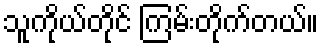
သူကိုယ်တိုင် ကြမ်းတိုက်တယ်။